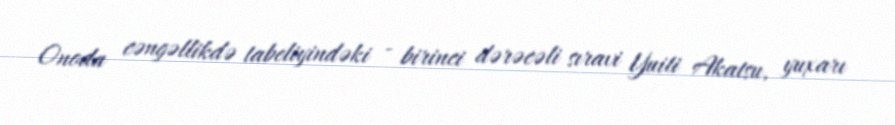
Onoda cəngəllikdə tabeliyindəki - birinci dərəcəli sıravi Yuiti Akatsu, yuxarı